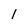
Character: 1